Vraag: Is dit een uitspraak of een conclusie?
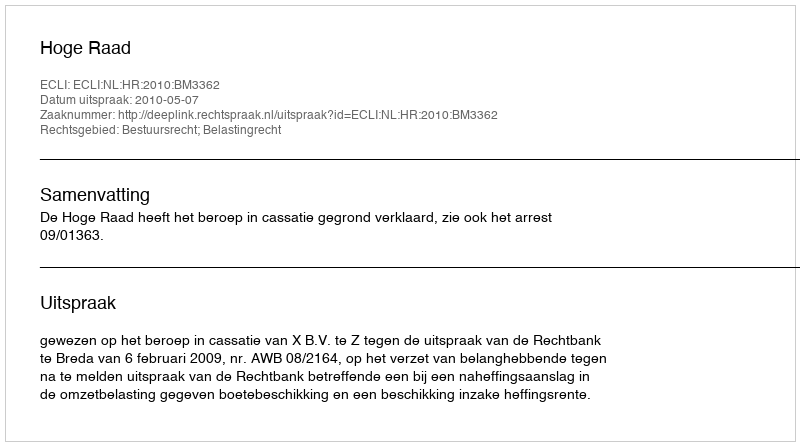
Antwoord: Uitspraak